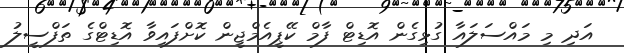
އަދި މި މައްސަލައާ ގުޅިގެން އޮޑިޓް ފާމް ކޭޕީއެމްޖީން ކޮށްފައިވާ އޮޑިޓްގެ ތަފްސީލު